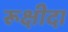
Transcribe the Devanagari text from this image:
रूक्षीदा